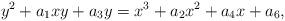
LaTeX: \begin{align*}y^2 + a_1xy + a_3y = x^3 + a_2x^2 + a_4x + a_6,\end{align*}